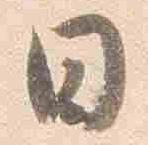
日